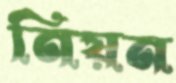
নিয়ন